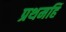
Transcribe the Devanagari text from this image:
प्रथमहिं